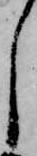
し